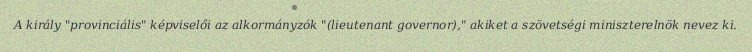
A király "provinciális" képviselői az alkormányzók "(lieutenant governor)," akiket a szövetségi miniszterelnök nevez ki.